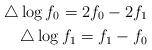
\begin{align*}\triangle\log f_0=2f_0-2f_{1}\\\triangle\log f_1=f_1-f_0\end{align*}